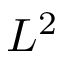
L ^ { 2 }